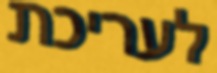
לעריכת